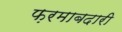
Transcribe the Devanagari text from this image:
फ़रमाबदारी